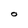
Character: O